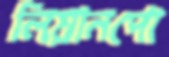
লিয়ানপো